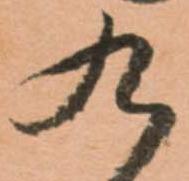
九